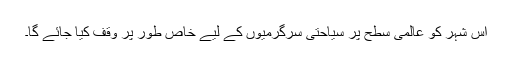
اس شہر کو عالمی سطح پر سیاحتی سرگرمیوں کے لیے خاص طور پر وقف کیا جائے گا۔